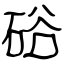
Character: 硲